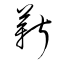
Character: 薪